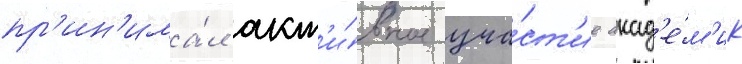
пр'ин'има́л акт'и́вное уча́ст'ие акад'е́м'ик